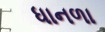
ધાનળા